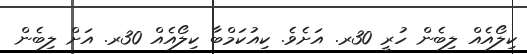
ކިލޯއެއް ލިބެން ހުރީ 30ރ. އަށެވެ. ކިއުކަމްބާ ކިލޯއެއް 30ރ. އަށް ލިބެން